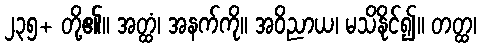
၂၃၅+ တို့၏။ အတ္ထံ၊ အနက်ကို။ အဝိညာယ၊ မသိနိုင်၍။ တတ္ထ၊